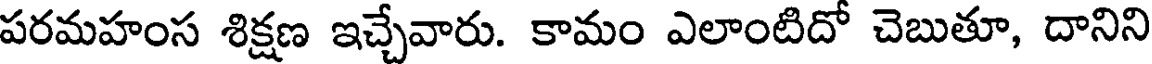
పరమహంస శిక్షణ ఇచ్చేవారు. కామం ఎలాంటిదో చెబుతూ, దానిని